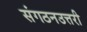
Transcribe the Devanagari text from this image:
संगठनउत्तरी